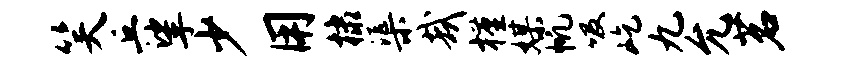
笑丘挲少用棣渠哉槿媒帆吸屹九允茗